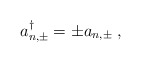
\begin{align*}a_{n,\pm}^\dagger = \pm a_{n,\pm} {\; ,}\end{align*}